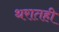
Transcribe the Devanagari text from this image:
थरातही